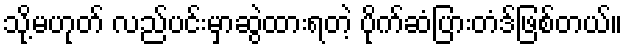
သို့မဟုတ် လည်ပင်းမှာဆွဲထားရတဲ့ ပိုက်ဆံပြားတံဒ်ဖြစ်တယ်။